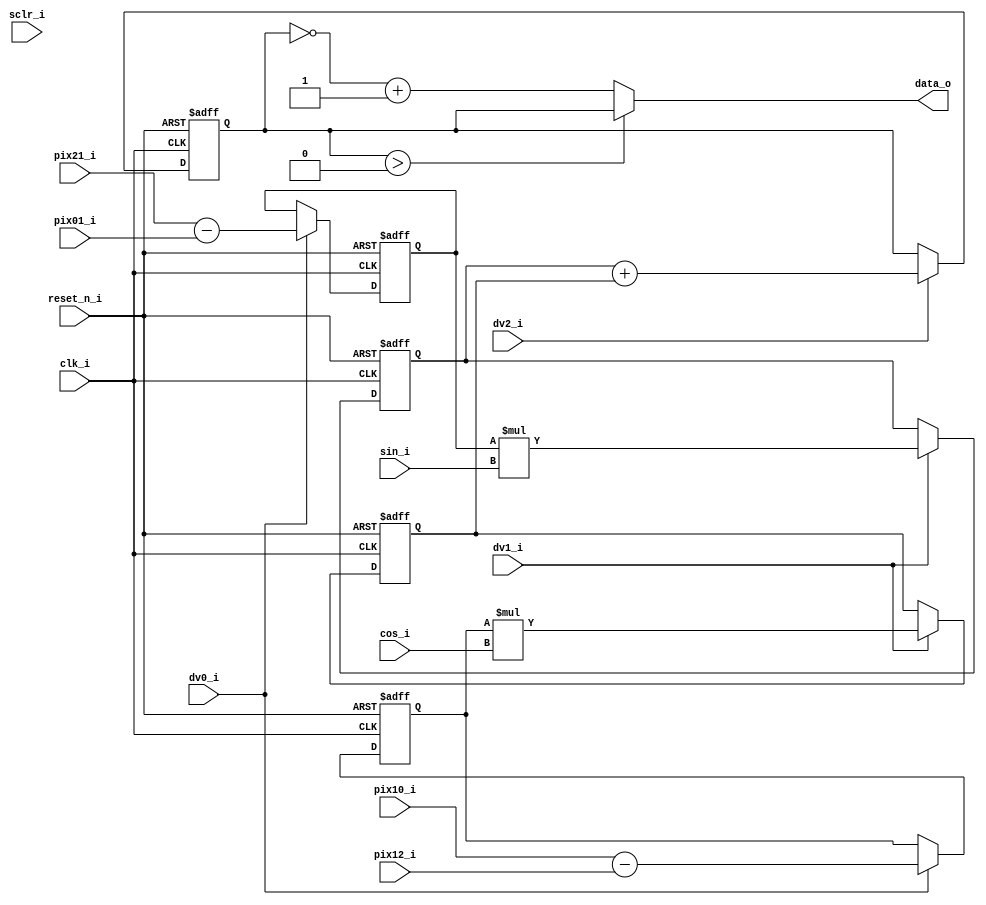
module matrix_prod(
	clk_i,
	
	reset_n_i,
	
	sclr_i,
	
	pix01_i,
	pix10_i,
	pix12_i,
	pix21_i,
	sin_i,
	cos_i,
	
	dv0_i,
	dv1_i,
	dv2_i,
 
	data_o
 );
 
parameter DATA_WIDTH = 8;
parameter COEF_WIDTH = 9; 
 
input clk_i;
input reset_n_i;
input dv0_i;
input dv1_i;
input dv2_i;
input sclr_i;

input [DATA_WIDTH-1:0] pix01_i, pix10_i, pix12_i, pix21_i;
input [COEF_WIDTH-1:0] sin_i;
input [COEF_WIDTH-1:0] cos_i;

output [((COEF_WIDTH + DATA_WIDTH)+1):0] data_o;

/* Internal register definitions */
reg signed [DATA_WIDTH:0] tmpsin;
reg signed [DATA_WIDTH:0] tmpcos;

reg signed [(COEF_WIDTH + DATA_WIDTH):0] multsin;		
reg signed [(COEF_WIDTH + DATA_WIDTH):0] multcos;

reg signed [((COEF_WIDTH + DATA_WIDTH)+1):0] finaladd;

//~ reg dv_d1, dv_d2;

/* Internal wire definitions */
wire signed [COEF_WIDTH-1:0] sin_wire;
wire signed [COEF_WIDTH-1:0] cos_wire;


always@(posedge clk_i or negedge reset_n_i)
	if (reset_n_i == 0)	
		tmpsin <= {(DATA_WIDTH+1){1'b0}};
	else if (dv0_i)
		tmpsin <= pix21_i - pix01_i;
	else
		tmpsin <= tmpsin;

always@(posedge clk_i or negedge reset_n_i)
	if (reset_n_i == 0)	
		tmpcos <= {(DATA_WIDTH+1){1'b0}};
	else if (dv0_i)
		tmpcos <= pix10_i - pix12_i; 
	else 
		tmpcos <= tmpcos;


//~ always@(posedge clk_i or negedge reset_n_i)
	//~ if (reset_n_i == 0)	
		//~ begin
			//~ dv_d1 <= 0;
			//~ dv_d2 <= 0;
		//~ end
	//~ else if (dv_i) 
		//~ begin
			//~ dv_d1 <= dv_i;
			//~ dv_d2 <= dv_d1;
		//~ end


assign sin_wire = sin_i;	
assign cos_wire = cos_i;	
		
always@(posedge clk_i or negedge reset_n_i)
	if (reset_n_i == 0)	
		begin
			multsin <= {(COEF_WIDTH + DATA_WIDTH + 1){1'b0}};
			multcos <= {(COEF_WIDTH + DATA_WIDTH + 1){1'b0}};
		end
	else if (dv1_i)  
		begin
			multsin <= tmpsin * sin_wire;
			multcos <= tmpcos * cos_wire;
		end

		
always@(posedge clk_i or negedge reset_n_i)
	if (reset_n_i == 0)	
		begin
			finaladd <= {((COEF_WIDTH + DATA_WIDTH)+2){1'b0}};
		end
	else if (dv2_i) 
		begin 
			finaladd <= multsin + multcos;
		end

assign data_o = (finaladd > 0) ? finaladd : (~finaladd + 1'b1);		

		
endmodule